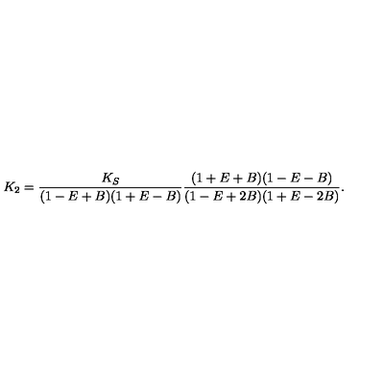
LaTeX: K _ { 2 } = \frac { K _ { S } } { ( 1 - E + B ) ( 1 + E - B ) } \frac { ( 1 + E + B ) ( 1 - E - B ) } { ( 1 - E + 2 B ) ( 1 + E - 2 B ) } .